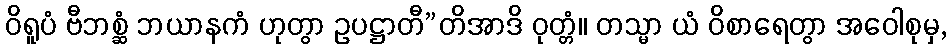
ဝိရူပံ ဗီဘစ္ဆံ ဘယာနကံ ဟုတွာ ဥပဋ္ဌာတီ”တိအာဒိ ဝုတ္တံ။ တသ္မာ ယံ ဝိစာရေတွာ အဝေါစုမှ,